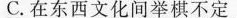
C.在东西文化间举棋不定